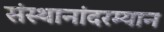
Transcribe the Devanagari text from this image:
संस्थानांदरम्यान